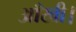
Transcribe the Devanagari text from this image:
आँखी।